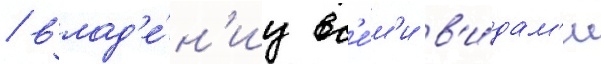
/ влад'е́н'иу вс'е́м'и в'и́дам'и